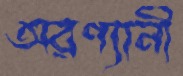
অরণ্যানী